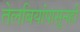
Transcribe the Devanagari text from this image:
तेलबियांपासूनही